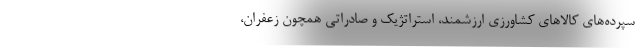
سپرده‌های کالاهای کشاورزی ارزشمند، استراتژیک و صادراتی همچون زعفران،